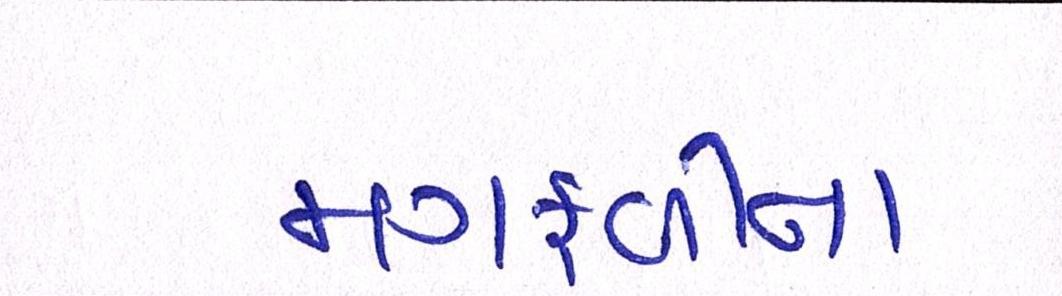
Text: મગફળીના